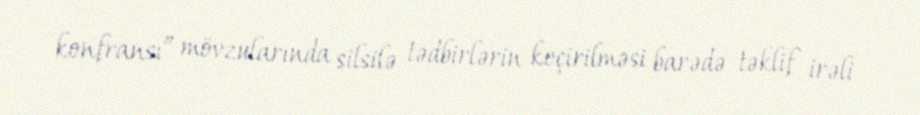
konfransı” mövzularında silsilə tədbirlərin keçirilməsi barədə təklif irəli